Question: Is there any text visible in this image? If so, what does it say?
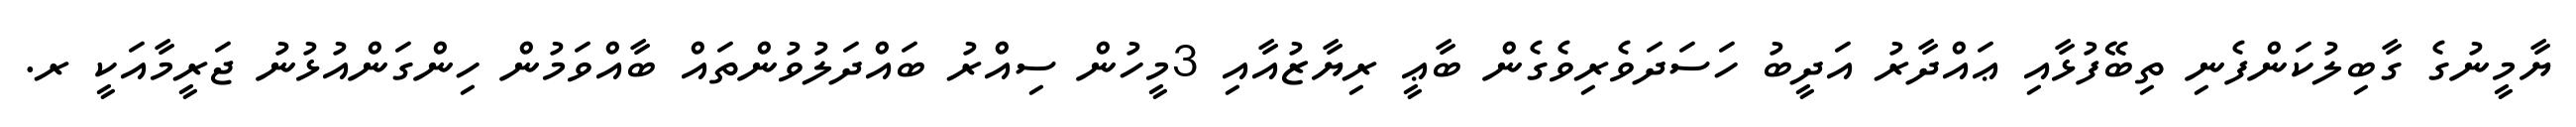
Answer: ޔާމީނުގެ ގާބިލުކަންފެނި ތިބޭފުޅާއި ޢައްދާރު އަދީބު ހަސަދަވެރިވެގެން ބާޢީ ރިޔާޒުއާއި 3މީހުން ސިއްރު ބައްދަލުވުންތައް ބާއްވަމުން ހިންގަންއުޅުނު ޖަރީމާއަކީ ރ.